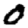
Digit: 0